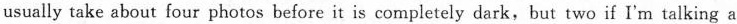
usually take about four photos before it is completely dark,but two if I'm talking a